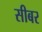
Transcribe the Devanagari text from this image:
सीबर